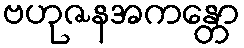
ဗဟုဇနအကန္တော